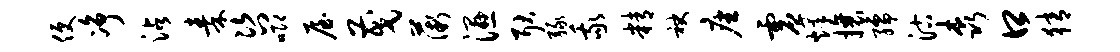
便净沾秦咨唧屋茂薇湿耿绿我精袂座虚烽攘孺沽森口猜